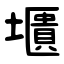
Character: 㙺